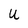
Character: U